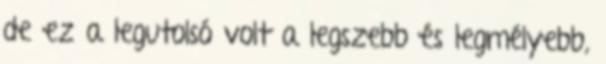
de ez a legutolsó volt a legszebb és legmélyebb,